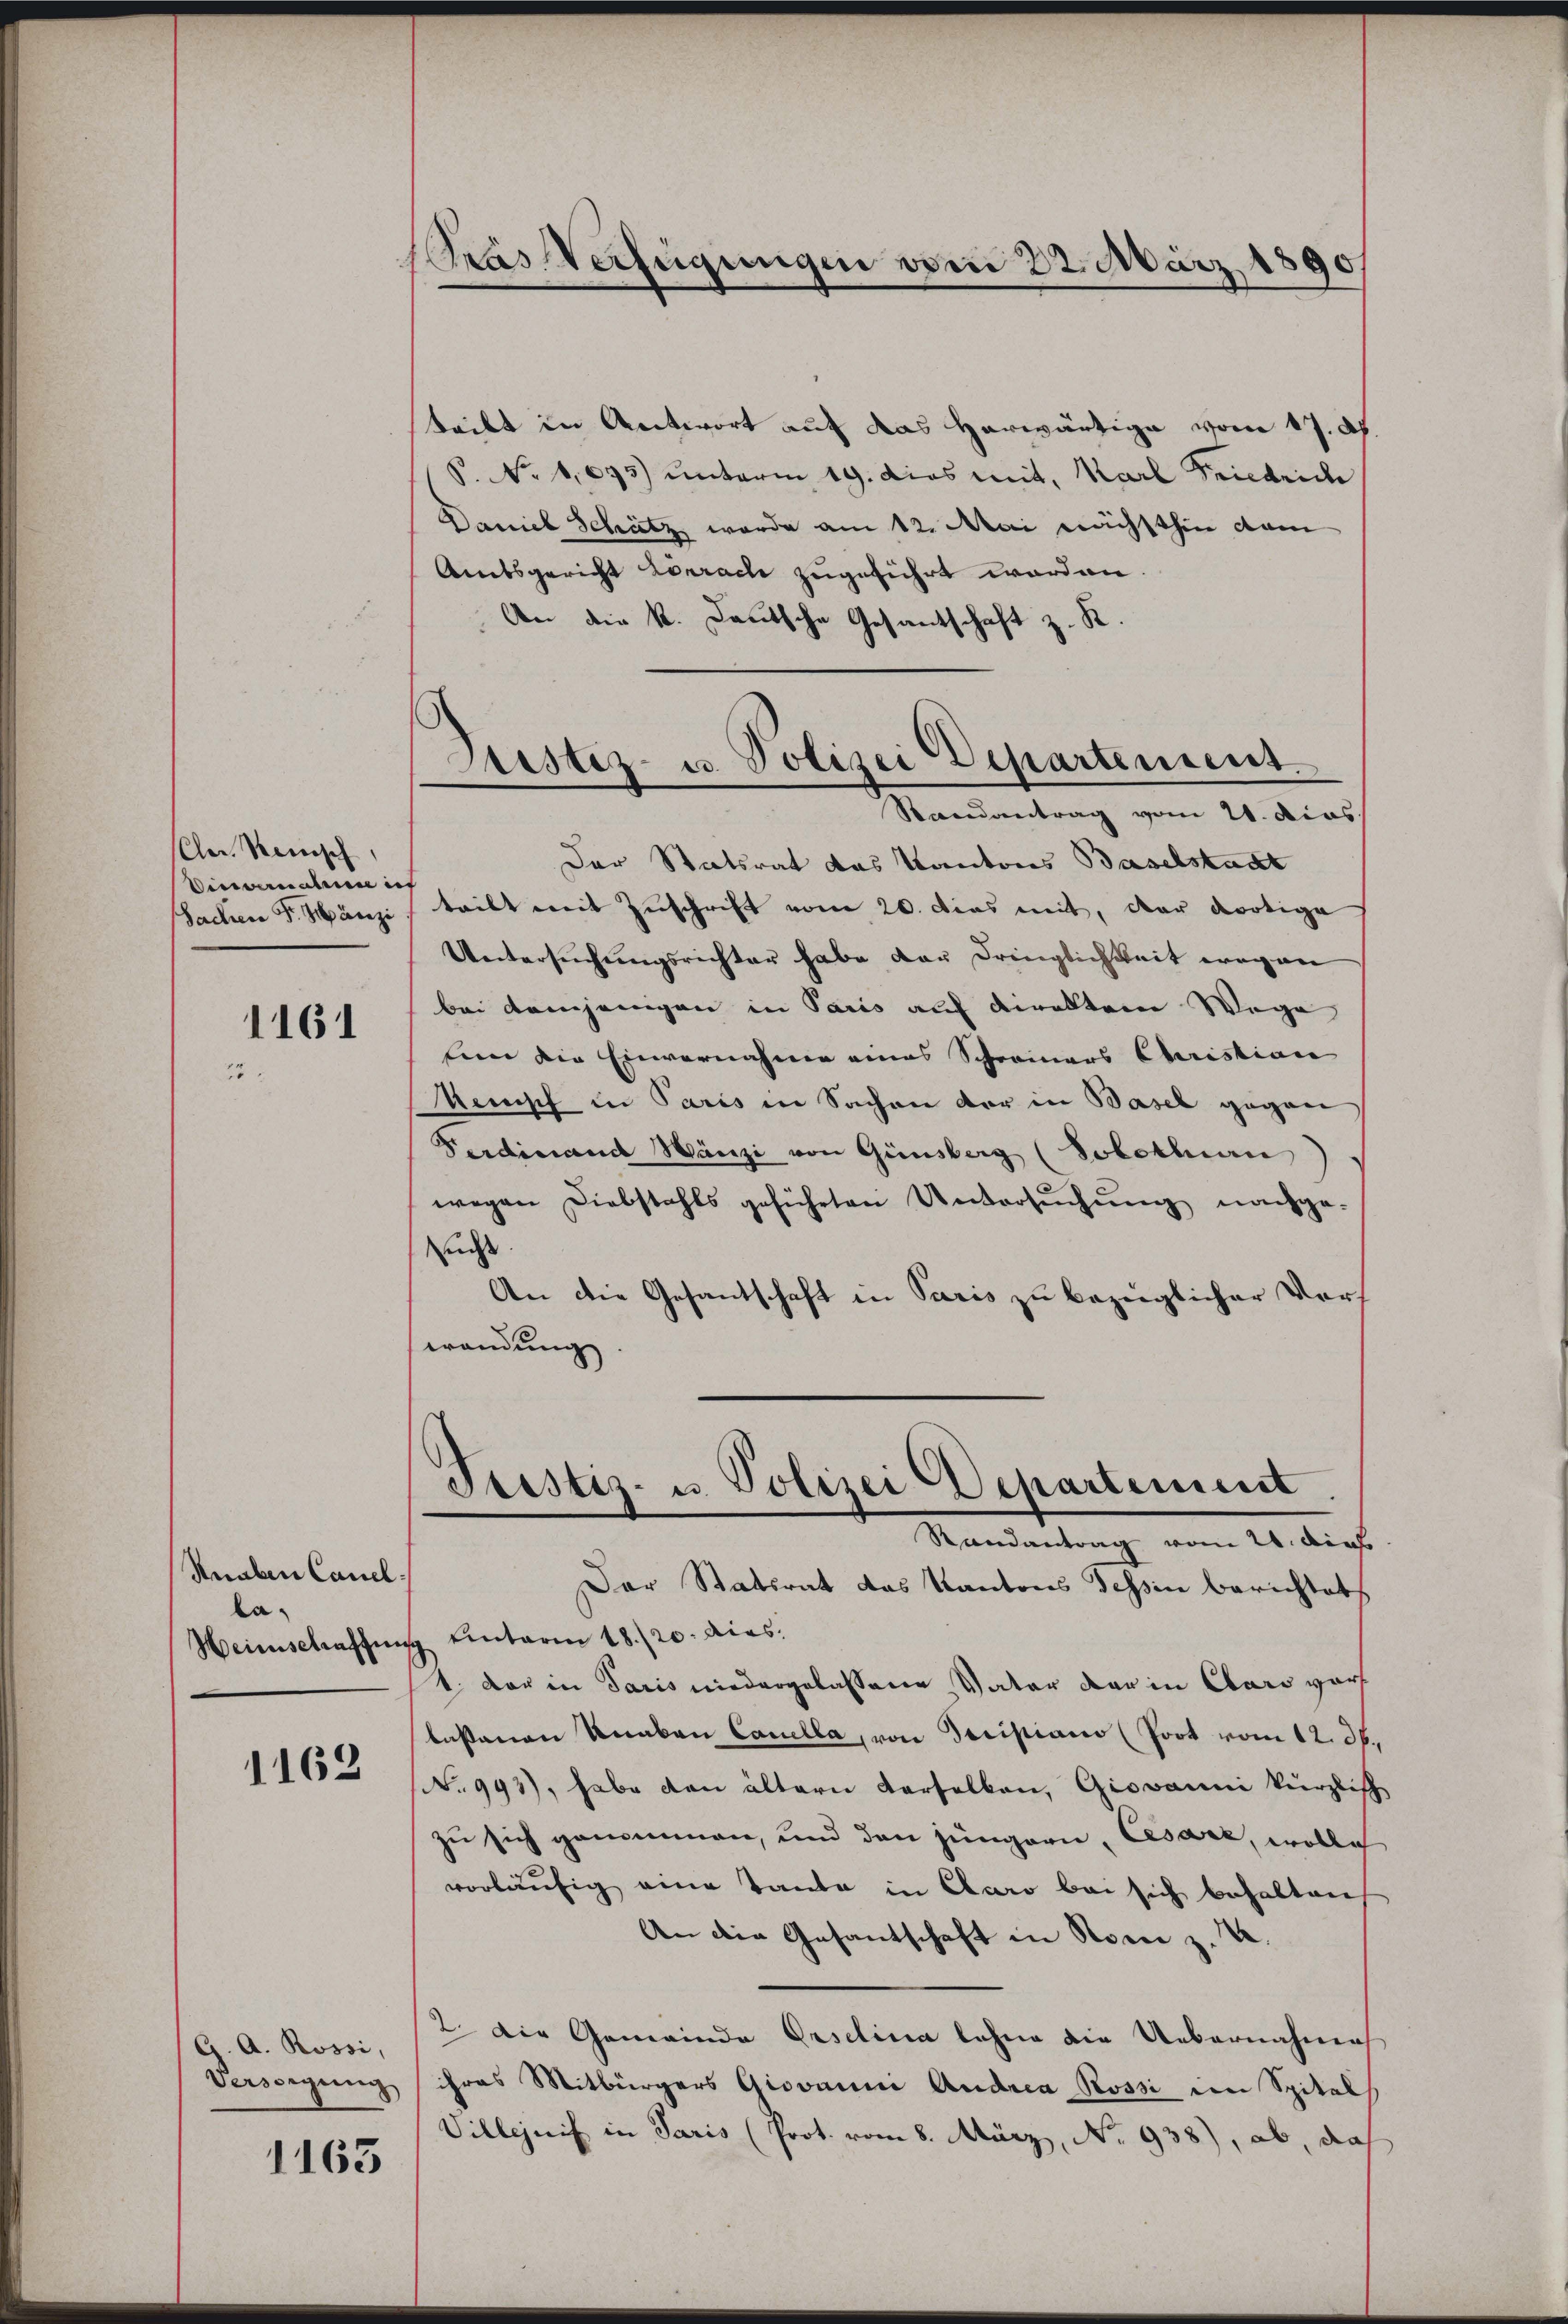
(Chr. Renisch,
Dinvenaue ich
Sachen Fr. Marzi

1161

Snaben Canel
la¬
Heinschaffen

1163

G. A. Rossi,
Versorgŭng

1163

Pras Verfügungen vom 22. März 1890.

Justiz- u. Polizei Departement.
Randantrag vom 21. dies

teibt in Antwort auf das herwärtige vom 17. dh.
P. No 1,695) unterm 19. dies mit, Karl Friedride
Daniel Schütz wurde am 12. Mai nächsthin dam
Auebsgericht Lörrache zugeführt worden
An die k. Deutsche Gesantschaft z. R.
Der Statsrat das Kantons Baselstadt
teilt mit Zuschrift vom 20. Dies mit, der dortige
Untersuchungsrichter habe dar Dringlichkeit wegen
bei demjenigen in Paris auf direktere Wege
tnn die Einvernahmen eines Schreiners Christian
kensch in Paris in Sachen der in Basel gegen
Ferdinand Wänzi von Ginsberg (Sobotluan
wegen Diebstahls geführten Untersŭchŭng nachge-
udes
An die Gesantschaft in Paris zu bezüglicher Vors
wendung
Prestiz- u. Polizei Departement
Randantrag vom 21. dies
Der Statsrat das Kantons Tessin berichtet
g. Eintaren 18./20. dies
4. der in Paris niedergelassene Vater dar in Clars vor
lassenen Knaben Canella, von Decisiano (Poot vom 12. dh.
No 993), habe den ältern derselben, Giovanni kürzlich
zu sich genommen, und den jüngern, Cesarz, wolle
vorläufig eine Tante in Claro bei sich behalten
An die Gesandschaft in Rom z. B.
2. Die Gemeinde Erselina lehne die Uebernahmes
ihres Mitbürgers Giovanni Andrea Rossi in Spital
Villenis in Paris (Prot. vom 8. März, No 938), ab, daß